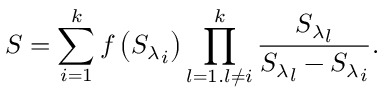
S = \sum _ { i = 1 } ^ { k } { f \left( { { { S } _ { \lambda } } _ { i } } \right) \prod _ { l = 1 . l \ne i } ^ { k } { \frac { { { { S } _ { \lambda } } _ { l } } } { { { { { S } _ { \lambda } } _ { l } } } - { { { S } _ { \lambda } } _ { i } } } } } .